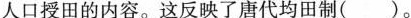
人口授田的内容。这反映了唐代均田制()。